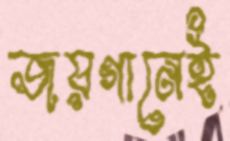
জয়গানেই